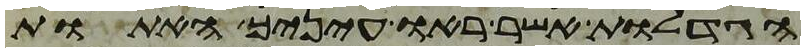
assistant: הגדלות אשר ראו עיניך האתות